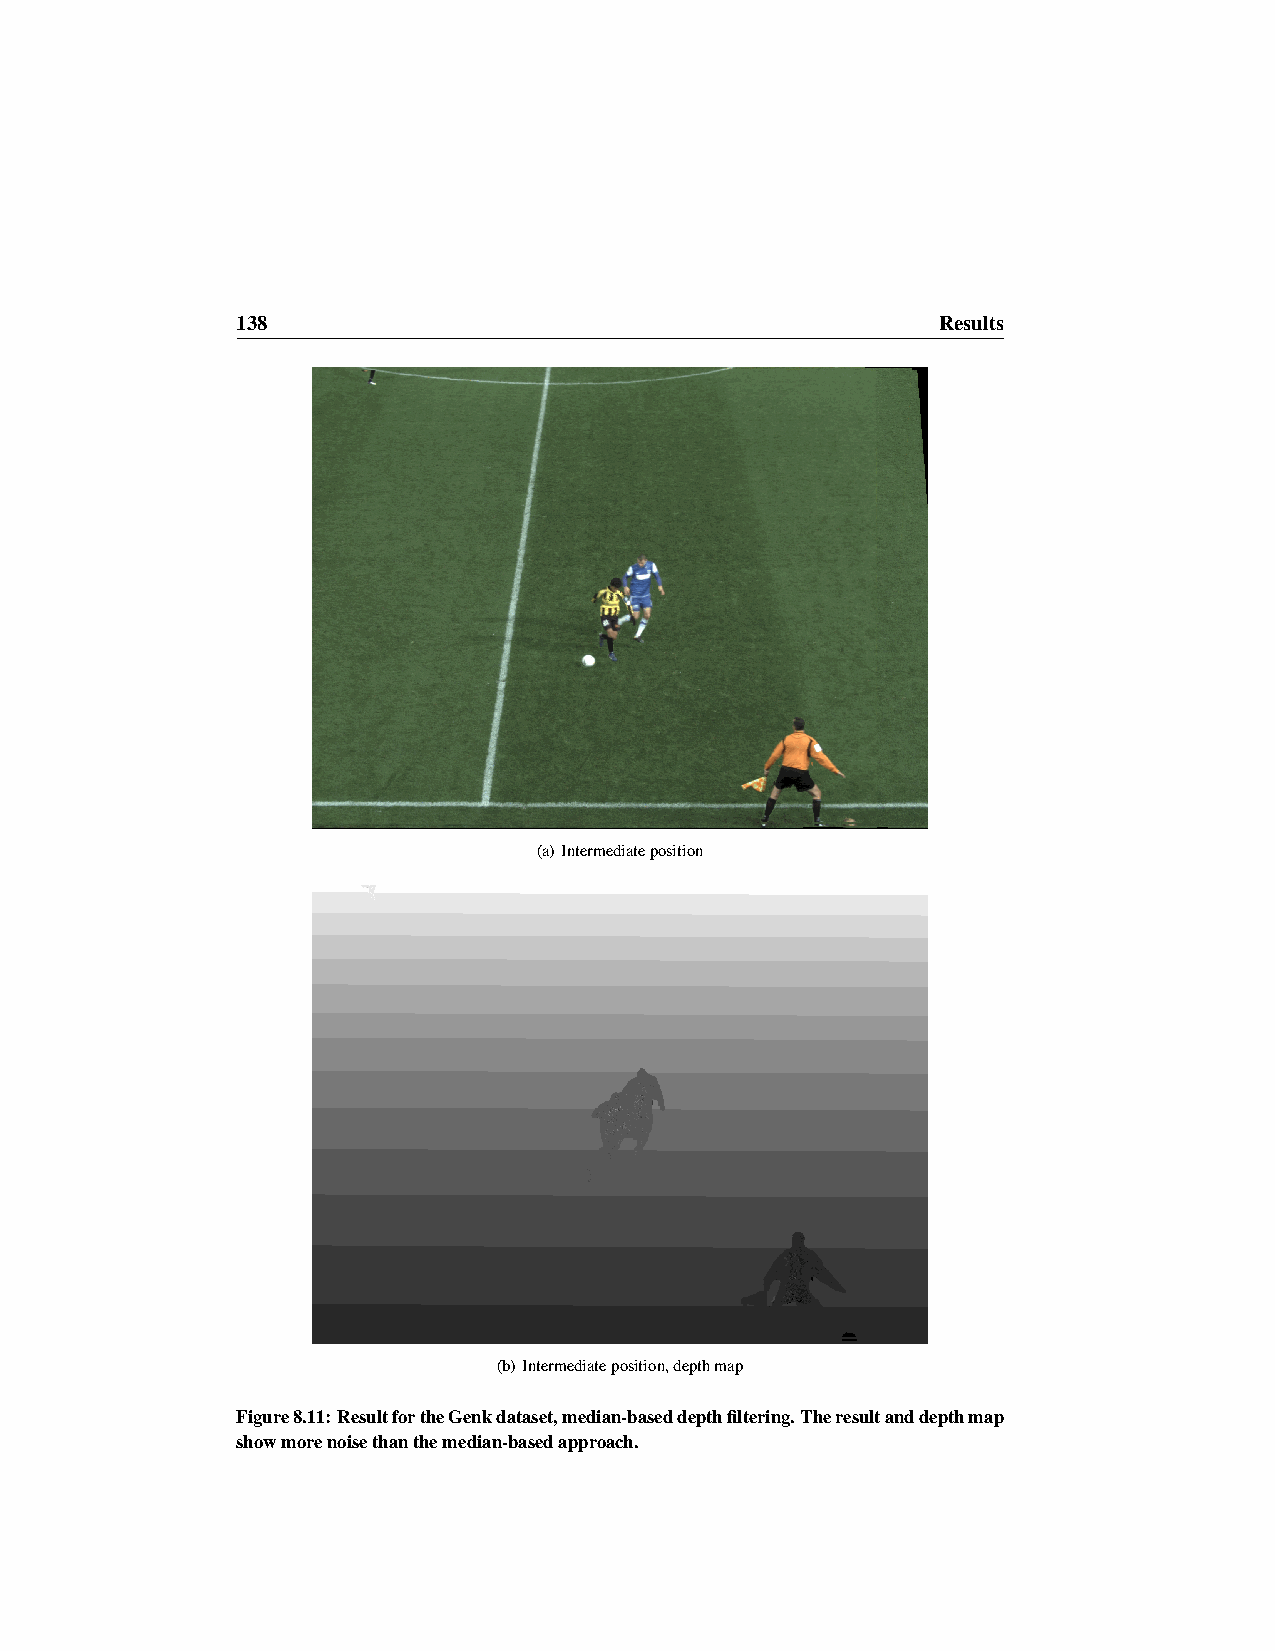
138                                           Results
 (a) Intermediateposition
 (b) Intermediateposition,depthmap
 Figure8.11:ResultfortheGenkdataset,median-baseddepthfiltering.Theresultanddepthmap
 showmorenoisethanthemedian-basedapproach.